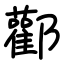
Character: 酄